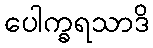
ပေါက္ခရသာဒိ